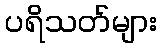
ပရိသတ်များ